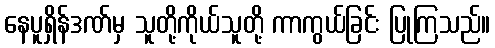
နေပူရှိန်ဒဏ်မှ သူတို့ကိုယ်သူတို့ ကာကွယ်ခြင်း ပြုကြသည်။